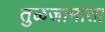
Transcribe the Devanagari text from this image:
तुळजामाता